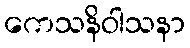
ကေသနိဝါသနာ